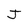
Character: J